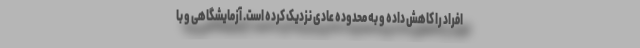
افراد را کاهش داده و به محدوده عادی نزدیک کرده است. آزمایشگاهی و با